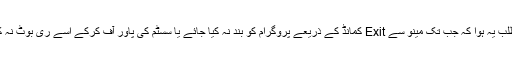
اس کا مطلب یہ ہوا کہ جب تک مینو سے Exit کمانڈ کے ذریعے پروگرام کو بند نہ کیا جائے یا سسٹم کی پاور آف کرکے اسے ری بوٹ نہ کیا جائے۔